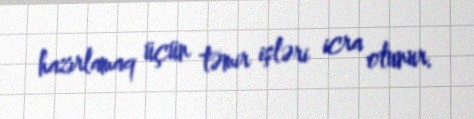
hazırlamaq üçün təmir işləri icra olunur.